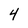
Character: 4